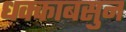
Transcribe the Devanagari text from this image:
धक्काबसुन